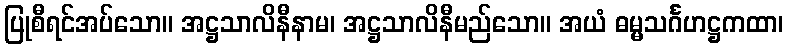
ပြုစီရင်အပ်သော။ အဋ္ဌသာလိနီနာမ၊ အဋ္ဌသာလိနီမည်သော။ အယံ ဓမ္မသင်္ဂဟဋ္ဌကထာ၊